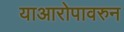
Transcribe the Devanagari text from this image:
याआरोपावरुन